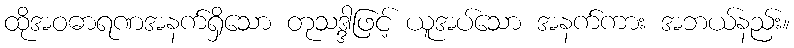
ထိုအဝဓာရဏအနက်ရှိသော တုသဒ္ဒါဖြင့် ယူအပ်သော အနက်ကား အဘယ်နည်း။